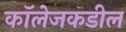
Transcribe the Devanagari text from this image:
कॉलेजकडील